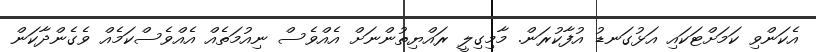
އެކަންވި ކަމަށްޓަކައި އަޅުގަނޑު އުފާކުރަން. މާމިގިލީ ރައްޔިތުންނަށް އެއްވެސް ނިއުމަތެއް އެއްވެސްކަމެއް ވެގެންދާކަން